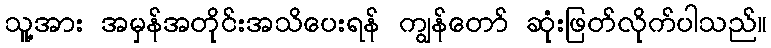
သူ့အား အမှန်အတိုင်းအသိပေးရန် ကျွန်တော် ဆုံးဖြတ်လိုက်ပါသည်။